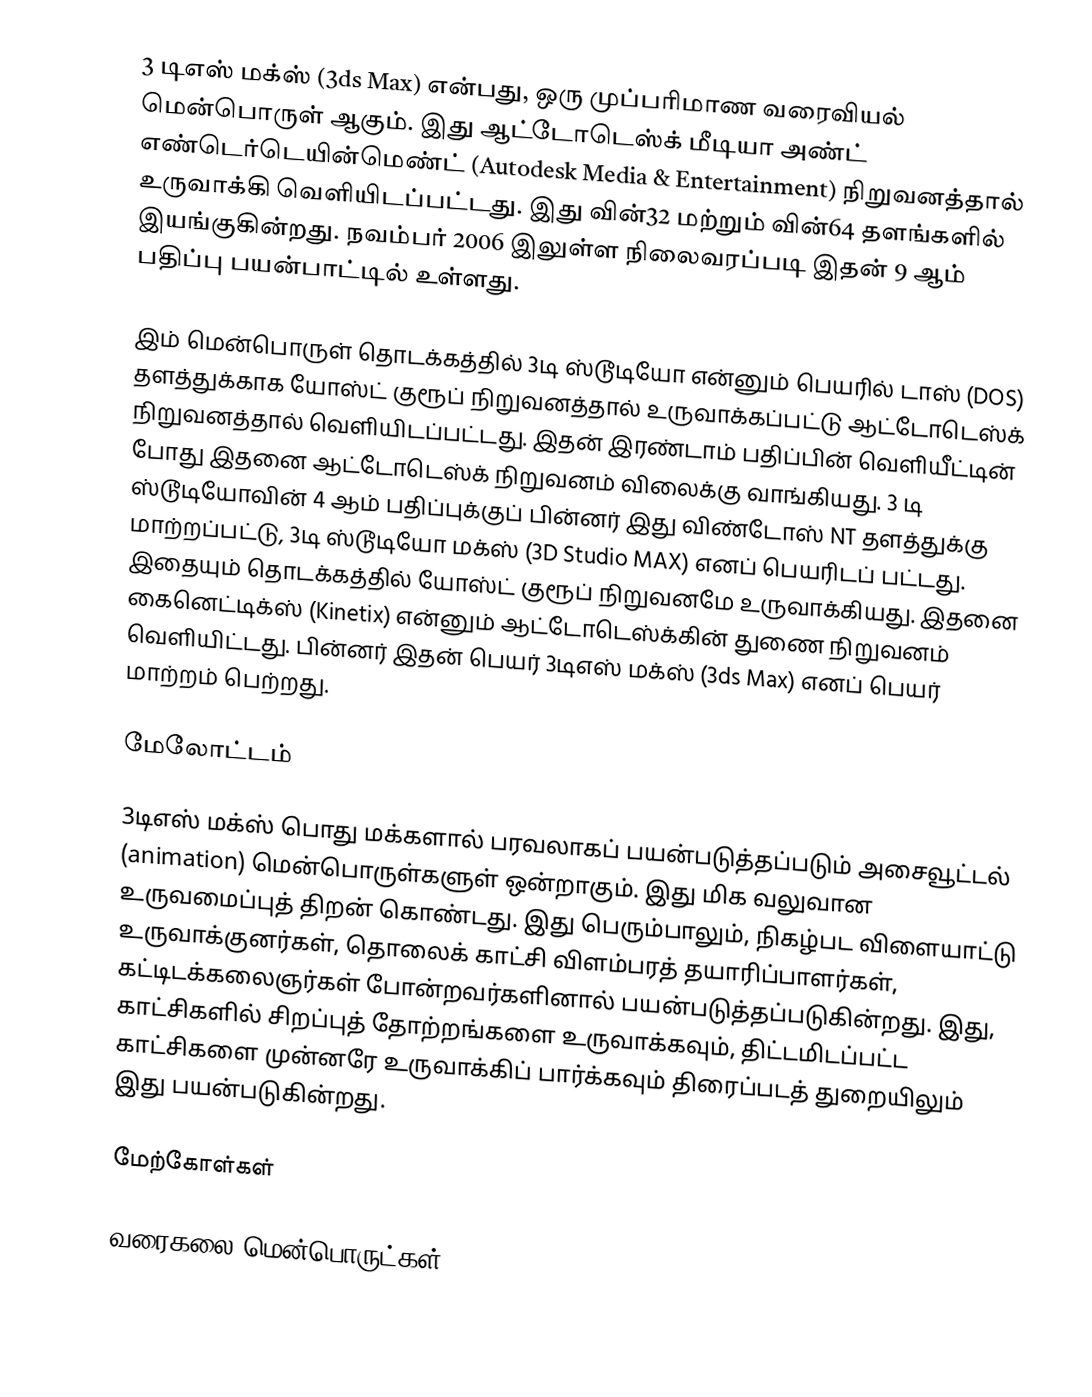
3 டிஎஸ் மக்ஸ் (3ds Max) என்பது, ஒரு முப்பரிமாண வரைவியல் மென்பொருள் ஆகும். இது ஆட்டோடெஸ்க் மீடியா அண்ட் எண்டெர்டெயின்மெண்ட் (Autodesk Media & Entertainment) நிறுவனத்தால் உருவாக்கி வெளியிடப்பட்டது. இது வின்32 மற்றும் வின்64 தளங்களில் இயங்குகின்றது. நவம்பர் 2006 இலுள்ள நிலைவரப்படி இதன் 9 ஆம் பதிப்பு பயன்பாட்டில் உள்ளது.

இம் மென்பொருள் தொடக்கத்தில் 3டி ஸ்டூடியோ என்னும் பெயரில் டாஸ் (DOS) தளத்துக்காக யோஸ்ட் குரூப் நிறுவனத்தால் உருவாக்கப்பட்டு ஆட்டோடெஸ்க் நிறுவனத்தால் வெளியிடப்பட்டது. இதன் இரண்டாம் பதிப்பின் வெளியீட்டின் போது இதனை ஆட்டோடெஸ்க் நிறுவனம் விலைக்கு வாங்கியது. 3 டி ஸ்டூடியோவின் 4 ஆம் பதிப்புக்குப் பின்னர் இது விண்டோஸ் NT தளத்துக்கு மாற்றப்பட்டு, 3டி ஸ்டூடியோ மக்ஸ் (3D Studio MAX) எனப் பெயரிடப் பட்டது. இதையும் தொடக்கத்தில் யோஸ்ட் குரூப் நிறுவனமே உருவாக்கியது. இதனை கைனெட்டிக்ஸ் (Kinetix) என்னும் ஆட்டோடெஸ்க்கின் துணை நிறுவனம் வெளியிட்டது. பின்னர் இதன் பெயர் 3டிஎஸ் மக்ஸ் (3ds Max) எனப் பெயர் மாற்றம் பெற்றது.

மேலோட்டம்

3டிஎஸ் மக்ஸ் பொது மக்களால் பரவலாகப் பயன்படுத்தப்படும் அசைவூட்டல் (animation) மென்பொருள்களுள் ஒன்றாகும். இது மிக வலுவான உருவமைப்புத் திறன் கொண்டது. இது பெரும்பாலும், நிகழ்பட விளையாட்டு உருவாக்குனர்கள், தொலைக் காட்சி விளம்பரத் தயாரிப்பாளர்கள், கட்டிடக்கலைஞர்கள் போன்றவர்களினால் பயன்படுத்தப்படுகின்றது. இது, காட்சிகளில் சிறப்புத் தோற்றங்களை உருவாக்கவும், திட்டமிடப்பட்ட காட்சிகளை முன்னரே உருவாக்கிப் பார்க்கவும் திரைப்படத் துறையிலும் இது பயன்படுகின்றது.

மேற்கோள்கள்

வரைகலை மென்பொருட்கள்